Lunatic asylums in Bengal annual reports 1912-1924 - 1912-1924
Year: 1912
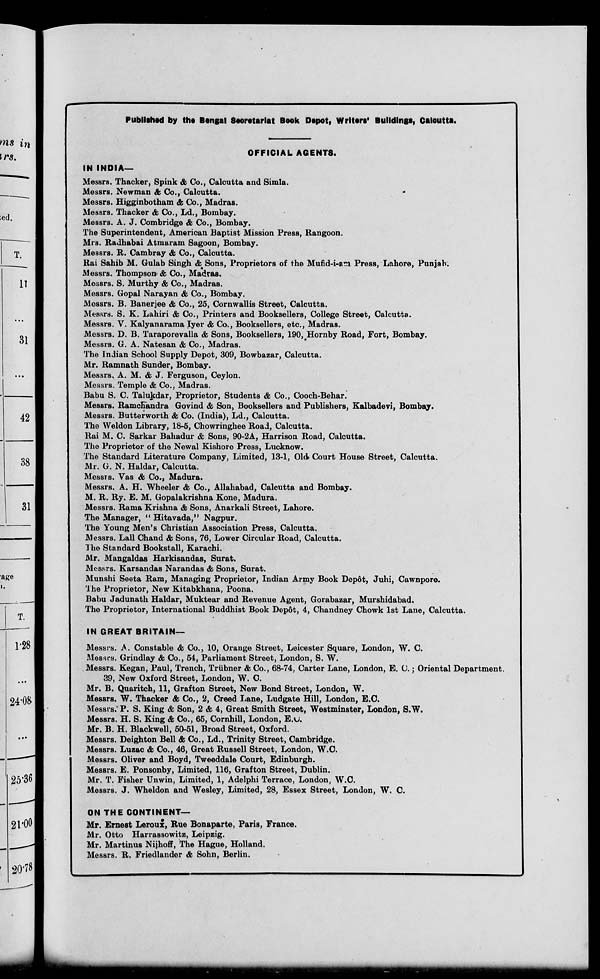
Published by the Bengal Secretariat Book Depot, Writers' Buildings, Calcutta.
OFFICIAL AGENTS.
IN INDIA—
Messrs. Thacker, Spink & Co., Calcutta and Simla.
Messrs. Newman & Co., Calcutta.
Messrs. Higginbotham & Co., Madras.
Messrs. Thacker & Co., Ld., Bombay.
Messrs. A. J. Combridge & Co., Bombay.
The Superintendent, American Baptist Mission Press, Rangoon.
Mrs. Radhabai Atmaram Sagoon, Bombay.
Messrs. R. Cambray & Co., Calcutta.
Rai Sahib M. Gulab Singh & Sons, Proprietors of the Mufid-i-am Press, Lahore, Punjab.
Messrs. Thompson & Co., Madras.
Messrs. S. Murthy & Co., Madras.
Messrs. Gopal Narayan & Co., Bombay.
Messrs. B. Banerjee & Co., 25, Cornwallis Street, Calcutta.
Messrs. S. K. Lahiri & Co., Printers and Booksellers, College Street, Calcutta.
Messrs. V. Kalyanarama Iyer & Co., Booksellers, etc., Madras.
Messrs. D. B. Taraporevalla & Sons, Booksellers, 190, Hornby Road, Fort, Bombay.
Messrs. G. A. Natesan & Co., Madras.
The Indian School Supply Depôt, 309, Bowbazar, Calcutta.
Mr. Ramnath Sunder, Bombay.
Messrs. A. M. & J. Ferguson, Ceylon.
Messrs. Temple & Co., Madras.
Babu S. C. Talukdar, Proprietor, Students & Co., Cooch-Behar.
Messrs. Ramchandra Govind & Son, Booksellers and Publishers, Kalbadevi, Bombay.
Messrs. Butterworth & Co. (India), Ld., Calcutta.
The Weldon Library, 18-5, Chowringhee Road, Calcutta.
Rai M. C. Sarkar Bahadur & Sons, 90-2A, Harrison Road, Calcutta.
The Proprietor of the Newal Kishore Press, Lucknow.
The Standard Literature Company, Limited, 13-1, Old Court House Street, Calcutta.
Mr. G. N. Haldar, Calcutta.
Messrs. Vas & Co., Madura.
Messrs. A. H. Wheeler & Co., Allahabad, Calcutta and Bombay.
M. R. Ry. E. M. Gopalakrishna Kone, Madura.
Messrs. Rama Krishna & Sons, Anarkali Street, Lahore.
The Manager, " Hitavada," Nagpur.
The Young Men's Christian Association Press, Calcutta.
Messrs. Lall Chand & Sons, 76, Lower Circular Road, Calcutta.
The Standard Bookstall, Karachi.
Mr. Mangaldas Harkisandas, Surat.
Messrs. Karsandas Narandas & Sons, Surat.
Munshi Seeta Ram, Managing Proprietor, Indian Army Book Depôt, Juhi, Cawnpore.
The Proprietor, New Kitabkhana, Poona.
Babu Jadunath Haldar, Muktear and Revenue Agent, Gorabazar, Murshidabad.
The Proprietor, International Buddhist Book Depôt, 4, Chandney Chowk 1st Lane, Calcutta.
IN GREAT BRITAIN—
Messrs. A. Constable & Co., 10, Orange Street, Leicester Square, London, W. C.
Messrs. Grindlay & Co., 54, Parliament Street, London, S. W.
Messrs. Kegan, Paul, Trench, Trübner & Co., 68-74, Carter Lane, London, E. C.; Oriental Department.
39, New Oxford Street, London, W. C.
Mr. B. Quaritch, 11, Grafton Street, New Bond Street, London, W.
Messrs. W. Thacker & Co., 2, Creed Lane, Ludgate Hill, London, E.C.
Messrs. P. S. King & Son, 2 & 4, Great Smith Street, Westminster, London, S.W.
Messrs. H. S. King & Co., 65, Cornhill, London, E.C.
Mr. B. H. Blackwell, 50-51, Broad Street, Oxford.
Messrs. Deighton Bell & Co., Ld., Trinity Street, Cambridge.
Messrs. Luzac & Co., 46, Great Russell Street, London, W.C.
Messrs. Oliver and Boyd, Tweeddale Court, Edinburgh.
Messrs. E. Ponsonby, Limited, 116, Grafton Street, Dublin.
Mr. T. Fisher Unwin, Limited, 1, Adelphi Terrace, London, W.C.
Messrs. J. Wheldo and Wesley, Limited, 28, Essex Street, London, W. C.
ON THE CONTINENT—
Mr. Ernest Leroux, Rue Bonaparte, Paris, France.
Mr. Otto Harrassowitz, Leipzig.
Mr. Martinus Nijhoff, The Hague, Holland.
Messrs. R. Friedlander & Sohn, Berlin.